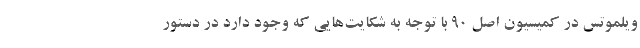
ویلموتس در کمیسیون اصل ۹۰ با توجه به شکایت‌هایی که وجود دارد در دستور